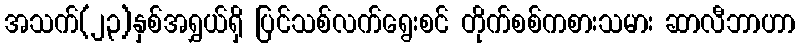
အသက်(၂၃)နှစ်အရွှယ်ရှိ ပြင်သစ်လက်ရွေးစင် တိုက်စစ်ကစားသမား ဆာလီဘာဟာ